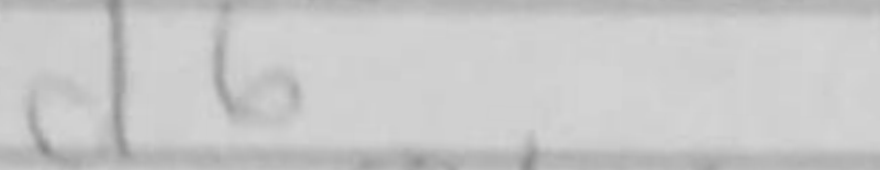
Transcription: d6